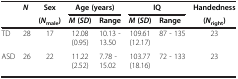
|  | N | Sex | <COLSPAN=2> Age (years) | <COLSPAN=2> IQ | Handedness |
 |  |  | (Nmale) | M (SD) | Range | M (SD) | Range | (Nright) |
 | --- | --- | --- | --- | --- | --- | --- | --- |
 | TD | 28 | 17 | 12.08 (0.95) | 10.13 - 13.50 | 109.61 (12.17) | 87 - 135 | 23 |
 | ASD | 26 | 22 | 11.22 (2.52) | 7.78 - 15.02 | 103.77 (18.16) | 72 - 133 | 23 |